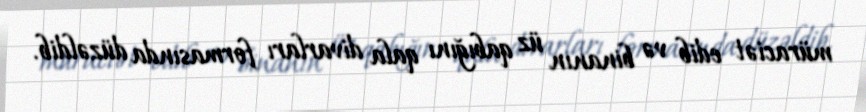
müraciət edib və binanın üz qabığını qala divarları formasında düzəldib.